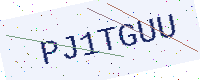
Text: PJ1TGUU